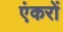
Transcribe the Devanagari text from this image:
एंकरों